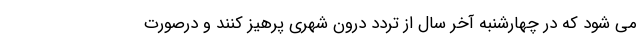
می شود که در چهارشنبه آخر سال از تردد درون شهری پرهیز کنند و درصورت